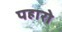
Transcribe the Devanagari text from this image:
पहारो